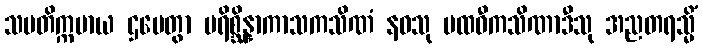
သမတိက္ကမာယ ဌပေတွာ ပရိစ္ဆိန္နာကာသကသိဏံ နဝသု ပထဝီကသိဏာဒီသု အညတရသ္မိံ